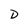
Character: D